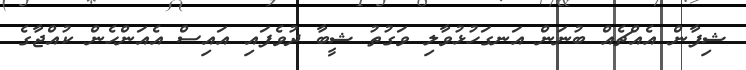
ޝިފާން އެއްޗެއް ބުނަން އަނގަހުޅުވާލި ވަގުތު ޝީބާ ދުވެފައި އައިސް އެއަންހެން ކުއްޖާގެ